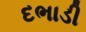
દભાડી